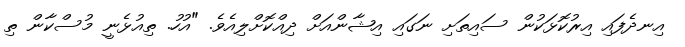
އިނދެފައި އިރުކޮޅަކުން ސައިތަށި ނަގައި އިޝާންއަށް ދިއްކޮށްލިއެވެ. "އުހު. ތިއުޅެނީ މުސްކާން ތި